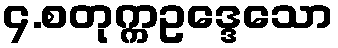
၄.စတုက္ကဥဒ္ဒေသော